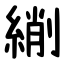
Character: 䌃